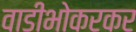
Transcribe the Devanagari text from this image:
वाडीभोकरकर